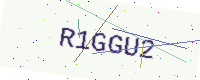
Text: R1GGU2